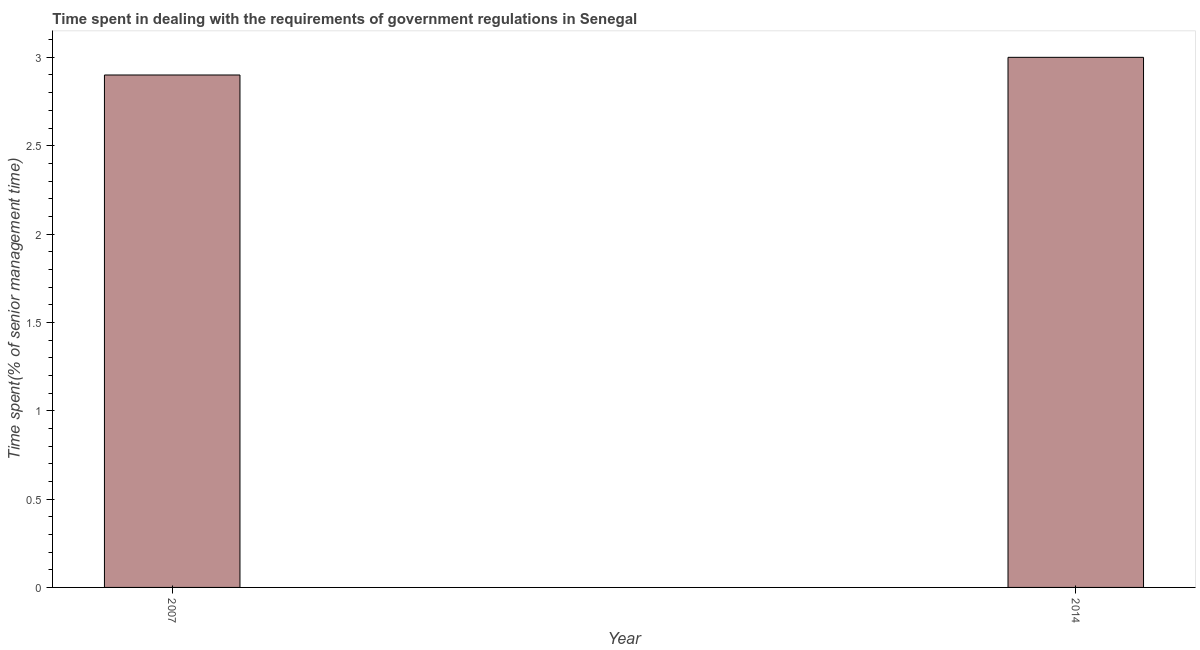
| Year | Government regulations |
 | --- | --- |
 | 2007 | 2.9 |
 | 2014 | 3 |